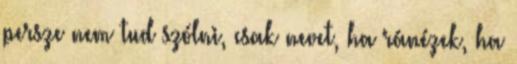
persze nem tud szólni, csak nevet, ha ránézek, ha